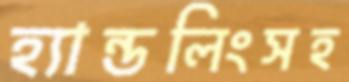
হ্যান্ডলিংসহ